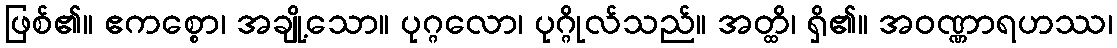
ဖြစ်၏။ ဧကစ္စော၊ အချို့သော။ ပုဂ္ဂလော၊ ပုဂ္ဂိုလ်သည်။ အတ္ထိ၊ ရှိ၏။ အဝဏ္ဏာရဟဿ၊